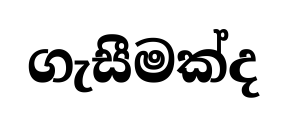
ගැසීමක්ද